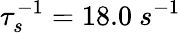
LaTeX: \tau_{s}^{-1}=18.0~s^{-1}